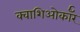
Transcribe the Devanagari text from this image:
क्वाशिओर्कॉर